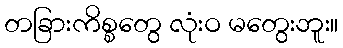
တခြားကိစ္စတွေ လုံးဝ မတွေးဘူး။